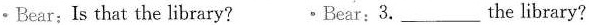
•Bear: Is that the library? •Bear: 3. ___ the library?